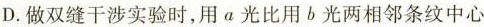
D.做双缝干涉实验时，用a光比用b光两相邻条纹中心